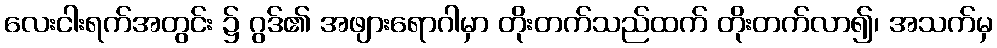
လေးငါးရက်အတွင်း ၌ ဂွဒ်၏ အဖျားရောဂါမှာ တိုးတက်သည်ထက် တိုးတက်လာ၍၊ အသက်မှ